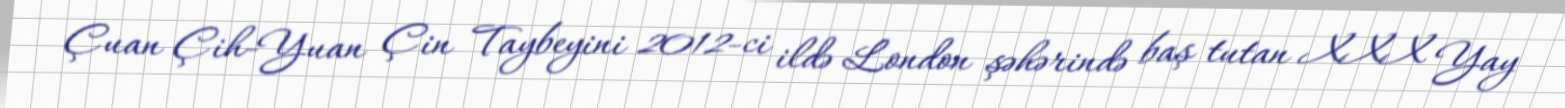
Çuan Çih-Yuan Çin Taybeyini 2012-ci ildə London şəhərində baş tutan XXX Yay